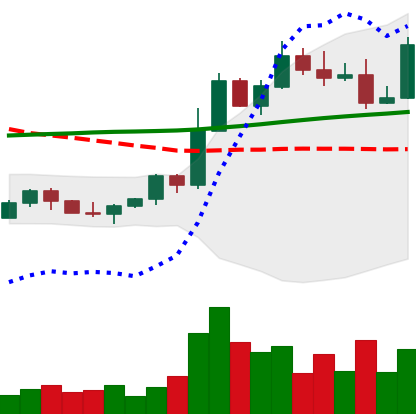
Ticker: ETH-USD
Chart end date: 2022-11-04
Forward return: -33.124%
Label: down_7plus